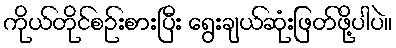
ကိုယ်တိုင်စဉ်းစားပြီး ရွေးချယ်ဆုံးဖြတ်ဖို့ပါပဲ။